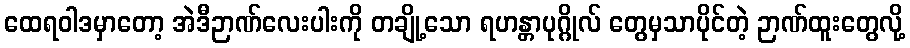
ထေရဝါဒမှာတော့ အဲဒီဉာဏ်လေးပါးကို တချို့သော ရဟန္တာပုဂ္ဂိုလ် တွေမှသာပိုင်တဲ့ ဉာဏ်ထူးတွေလို့